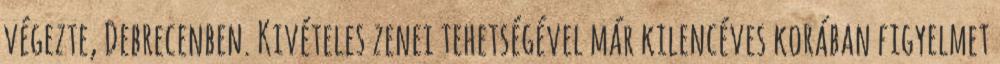
végezte, Debrecenben. Kivételes zenei tehetségével már kilencéves korában figyelmet